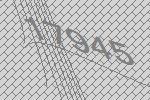
17945